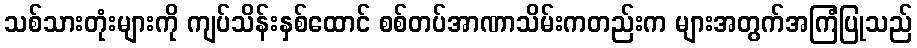
သစ်သားတုံးများကို ကျပ်သိန်းနှစ်ထောင် စစ်တပ်အာဏာသိမ်းကတည်းက များအတွက်အကြံပြုသည်